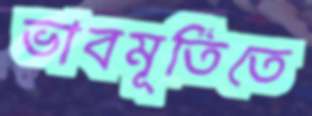
ভাবমূর্তিতে